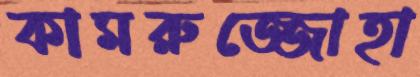
কামরুজ্জোহা